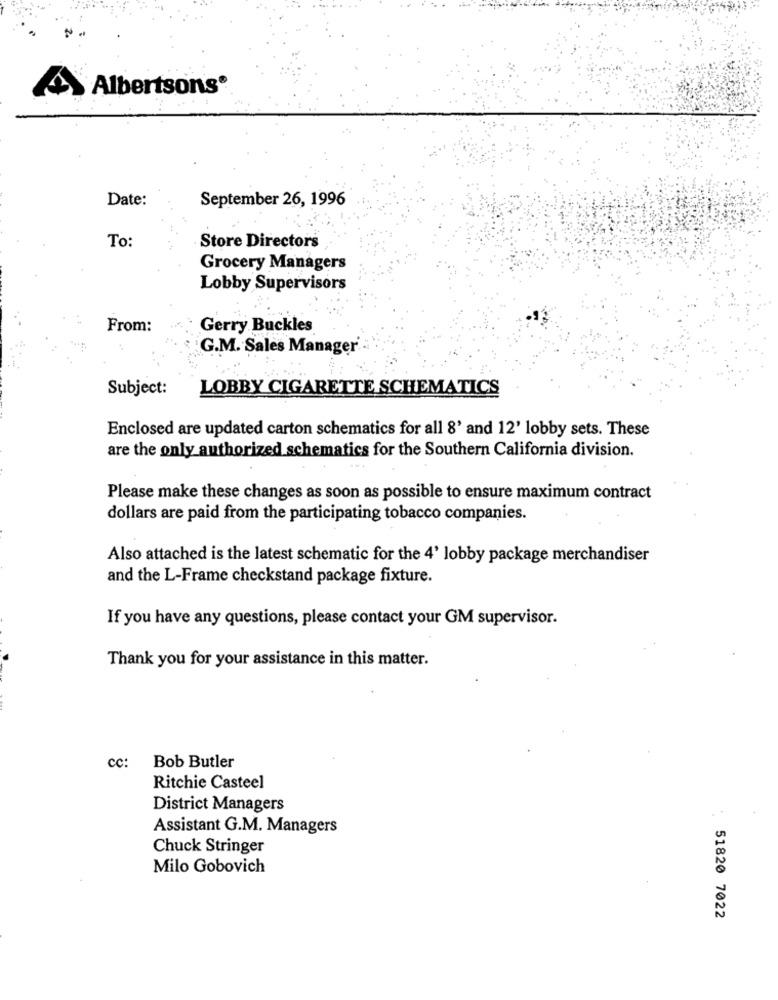
Albertsons®
Date:
September 26, 1996
To:
Store Directors
Grocery Managers
Lobby Supervisors
From:
Gerry Buckles
G.M. Sales Manager
Subject:
LOBBY CIGARETTE SCHEMATICS
Enclosed are updated carton schematics for all 8' and 12' lobby sets. These
are the only authorized schematics for the Southern California division.
Please make these changes as soon as possible to ensure maximum contract
dollars are paid from the participating tobacco companies.
Also attached is the latest schematic for the 4' lobby package merchandiser
and the L-Frame checkstand package fixture.
If you have any questions, please contact your GM supervisor.
Thank you for your assistance in this matter.
cc:
Bob Butler
Ritchie Casteel
District Managers
Assistant G.M. Managers
Chuck Stringer
Milo Gobovich
51820 7022